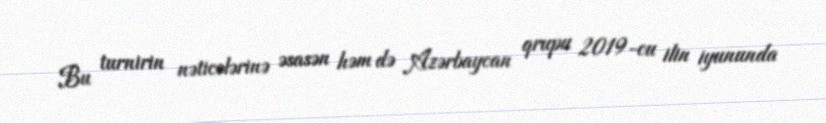
Bu turnirin nəticələrinə əsasən həm də Azərbaycan qrupu 2019-cu ilin iyununda